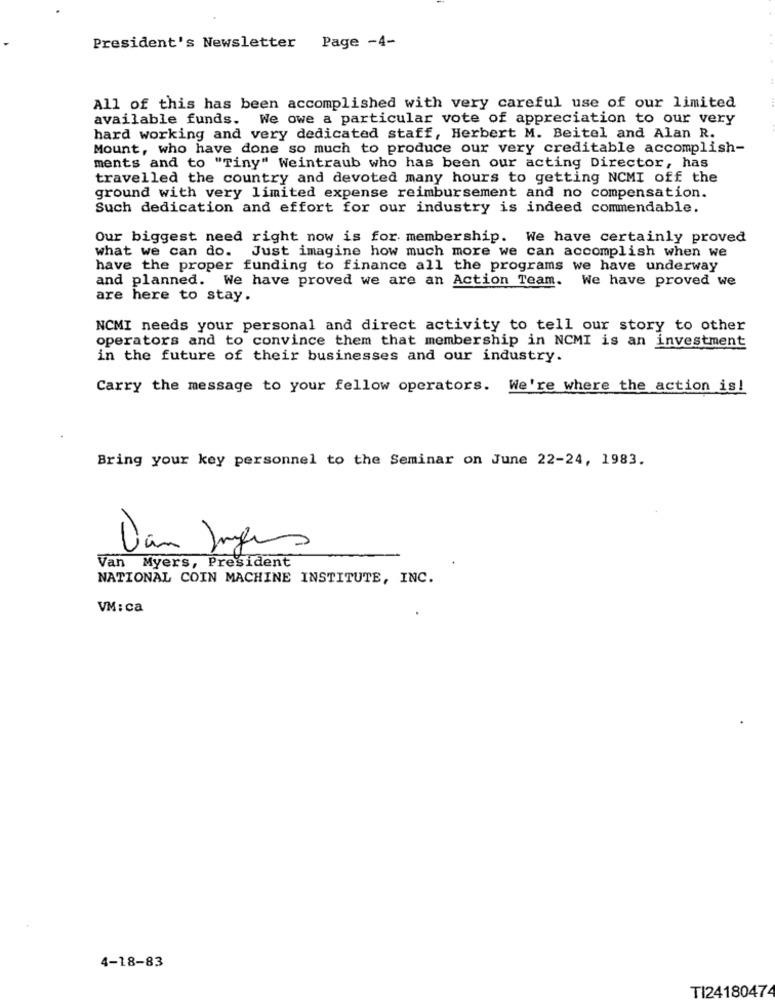
President's Newsletter Page -4-
All of this has been accomplished with very careful use of our limited
available funds. We owe a particular vote of appreciation to our very
hard working and very dedicated staff, Herbert M. Beitel and Alan R.
Mount, who have done so much to produce our very creditable accomplish-
ments and to "Tiny" Weintraub who has been our acting Director, has
travelled the country and devoted many hours to getting NCMI off the
ground with very limited expense reimbursement and no compensation.
Such dedication and effort for our industry is indeed commendable.
Our biggest need right now is for membership. We have certainly proved
what we can do. Just imagine how much more we can accomplish when we
have the proper funding to finance all the programs we have underway
and planned. We have proved we are an Action Team. We have proved we
are here to stay.
NCMI needs your personal and direct activity to tell our story to other
operators and to convince them that membership in NCMI is an investment
in the future of their businesses and our industry.
Carry the message to your fellow operators. We're where the action is!
Bring your key personnel to the Seminar on June 22-24, 1983.
Dan Jongens
Van Myers, President
NATIONAL COIN MACHINE INSTITUTE, INC.
VM: ca
4-18-83
TI24180474